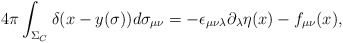
\begin{align*}4\pi\int_{\Sigma_{C}}\delta (x-y(\sigma))d\sigma_{\mu\nu} = -\epsilon_{\mu\nu\lambda}\partial_{\lambda}\eta(x) -f_{\mu\nu}(x), \end{align*}